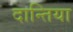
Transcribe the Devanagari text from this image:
दान्तिया